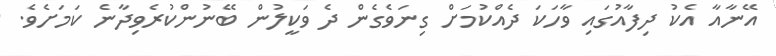
އޭނާއާ އެކު ދިފާއުގައި ވާހަކަ ދެއްކުމަށް ގިނަވެގެން ދެ ވަކީލުން ބޭނުންކުރެވިދާނެ ކަމަށެވެ.